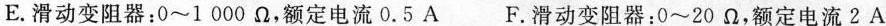
E.滑动变阻器：0~1000Ω，额定电流0.5A F.滑动变阻器：0~20Ω，额定电流2A